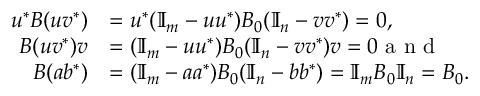
\begin{array} { r l } { u ^ { \ast } B ( u v ^ { \ast } ) } & { = u ^ { \ast } ( \mathbb { I } _ { m } - u u ^ { \ast } ) B _ { 0 } ( \mathbb { I } _ { n } - v v ^ { \ast } ) = 0 , } \\ { B ( u v ^ { \ast } ) v } & { = ( \mathbb { I } _ { m } - u u ^ { \ast } ) B _ { 0 } ( \mathbb { I } _ { n } - v v ^ { \ast } ) v = 0 \textrm { a n d } } \\ { B ( a b ^ { \ast } ) } & { = ( \mathbb { I } _ { m } - a a ^ { \ast } ) B _ { 0 } ( \mathbb { I } _ { n } - b b ^ { \ast } ) = \mathbb { I } _ { m } B _ { 0 } \mathbb { I } _ { n } = B _ { 0 } . } \end{array}